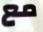
مع